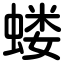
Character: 蝼